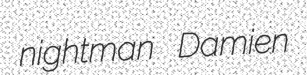
nightman Damien